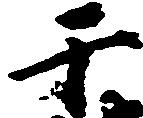
于